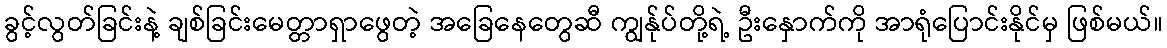
ခွင့်လွတ်ခြင်းနဲ့ ချစ်ခြင်းမေတ္တာရှာဖွေတဲ့ အခြေနေတွေဆီ ကျွန်ုပ်တို့ရဲ့ ဦးနှောက်ကို အာရုံပြောင်းနိုင်မှ ဖြစ်မယ်။